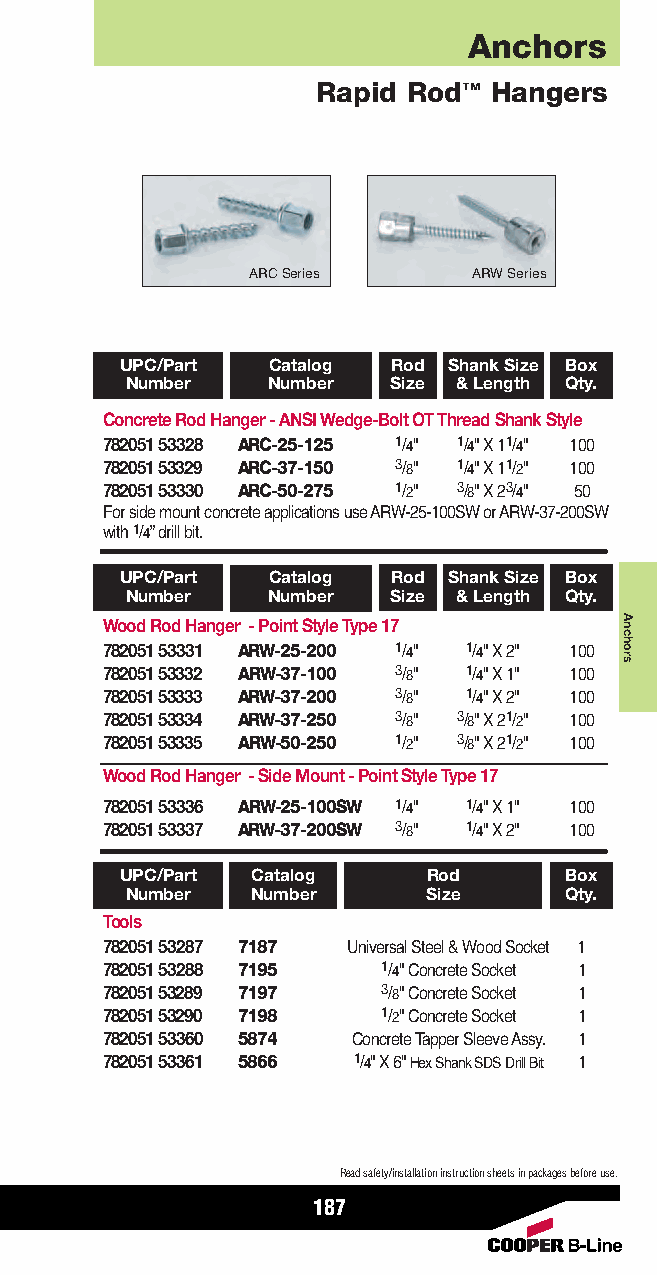
Anchors
 Rapid Rod™ Hangers
 ARCSeries      ARWSeries
 UPC/Part  Catalog Rod Shank Size Box
 Number    Number  Size & Length Qty.
 Concrete Rod Hanger - ANSI Wedge-Bolt OTThread Shank Style
 782051 53328 ARC-25-125 1/4" 1/4" X 11/4" 100
 782051 53329 ARC-37-150 3/8" 1/4" X 11/2" 100
 782051 53330 ARC-50-275 1/2" 3/8" X 23/4" 50
 For side mount concrete applications use ARW-25-100SW or ARW-37-200SW
 with 1/4” drill bit.
 UPC/Part  Catalog Rod Shank Size Box
 Number    Number  Size & Length Qty.
 Wood Rod Hanger - Point Style Type 17
 782051 53331 ARW-25-200 1/4" 1/4" X 2" 100
 782051 53332 ARW-37-100 3/8" 1/4" X 1" 100
 782051 53333 ARW-37-200 3/8" 1/4" X 2" 100
 782051 53334 ARW-37-250 3/8" 3/8" X 21/2" 100
 782051 53335 ARW-50-250 1/2" 3/8" X 21/2" 100
 Wood Rod Hanger - Side Mount - Point Style Type 17
 782051 53336 ARW-25-100SW 1/4" 1/4" X 1" 100
 782051 53337 ARW-37-200SW 3/8" 1/4" X 2" 100
 UPC/Part Catalog    Rod      Box
 Number   Number     Size     Qty.
 Tools
 782051 53287 7187 Universal Steel & Wood Socket 1
 782051 53288 7195 1/4" Concrete Socket 1
 782051 53289 7197 3/8" Concrete Socket 1
 782051 53290 7198 1/2" Concrete Socket 1
 782051 53360 5874 Concrete Tapper Sleeve Assy. 1
 782051 53361 5866 1/4" X 6" Hex Shank SDS Drill Bit 1
 Read safety/installation instruction sheets in packages before use.
 187
 Anchors